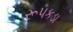
રૂપકડા